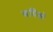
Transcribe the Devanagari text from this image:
ऋमिकों